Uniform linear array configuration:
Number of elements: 32
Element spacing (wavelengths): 1
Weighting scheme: blackman
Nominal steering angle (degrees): -60
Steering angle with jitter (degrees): -59.832
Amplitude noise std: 0.05
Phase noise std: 0.05

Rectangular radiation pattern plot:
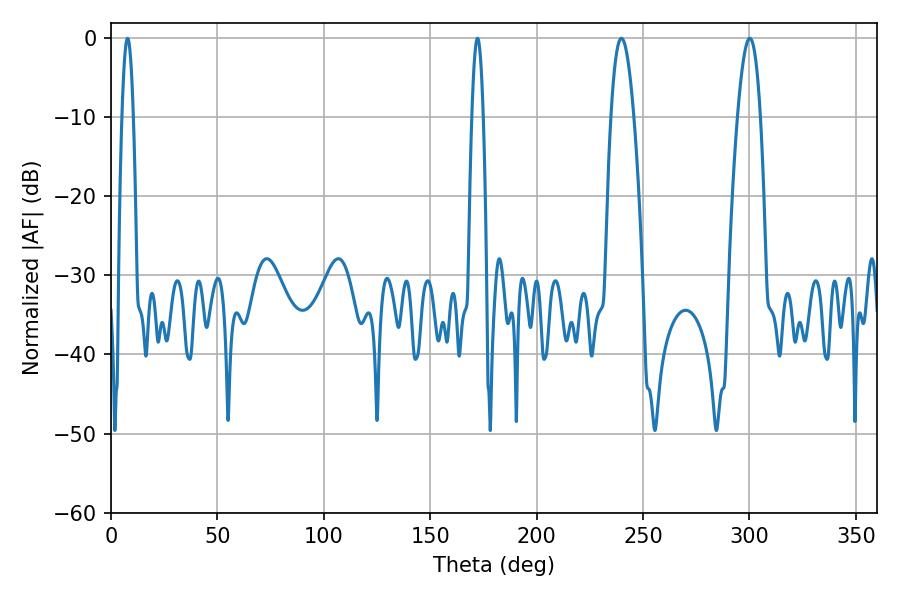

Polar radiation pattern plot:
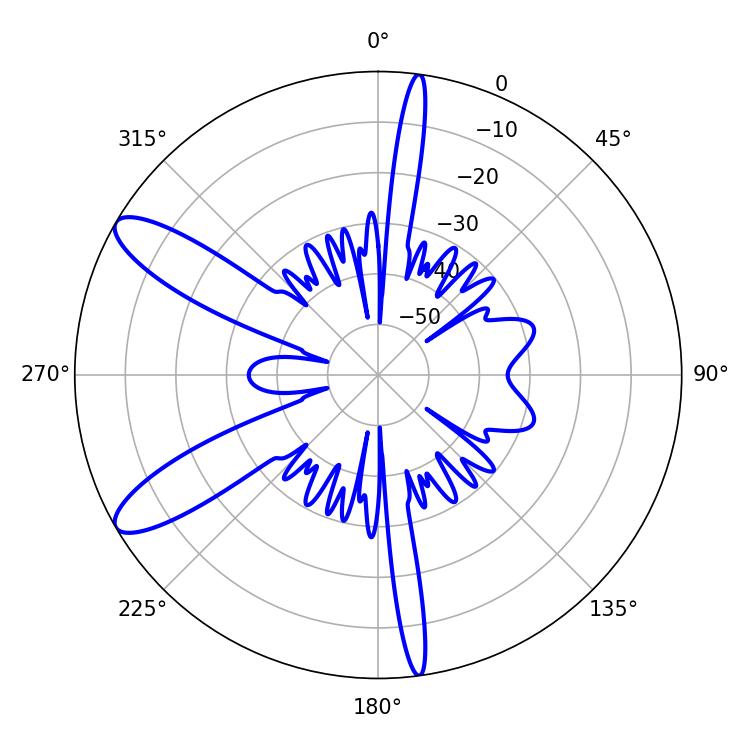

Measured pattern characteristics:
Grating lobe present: TRUE
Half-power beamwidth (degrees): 5.76
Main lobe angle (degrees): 239.76